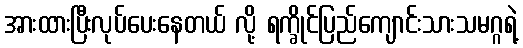
အားထားပြီးလုပ်ပေးနေတယ် လို့ ရက္ခိုင်ပြည်ကျောင်းသားသမဂ္ဂရဲ့